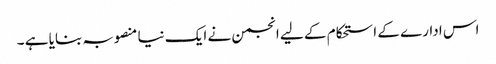
اس ادارے کے ا ستحکام کے لیے انجمن نے ایک نیا منصوبہ بنایا ہے ۔